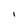
Character: I